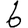
Digit: 6